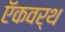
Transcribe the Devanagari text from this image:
ऍकवर्थ